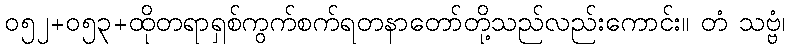
၀၅၂+၀၅၃+ထိုတရာရှစ်ကွက်စက်ရတနာတော်တို့သည်လည်းကောင်း။ တံ သဗ္ဗံ၊